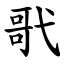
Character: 㢦